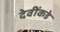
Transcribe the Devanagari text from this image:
देवींकडे